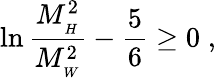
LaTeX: \ln\frac{M_{_H}^{2}}{M_{_W}^{2}}-\frac{5}{6}\geq 0\; ,